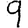
Digit: 9